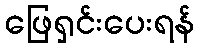
ဖြေရှင်းပေးရန်